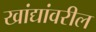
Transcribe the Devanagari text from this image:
खांद्यांवरील